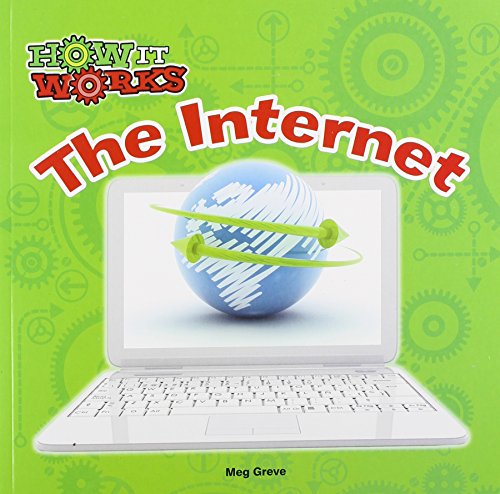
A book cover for The Internet (How It Works); Meg Greve; Children's Books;